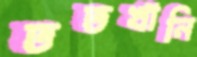
ততখানি